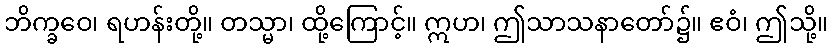
ဘိက္ခဝေ၊ ရဟန်းတို့။ တသ္မာ၊ ထို့ကြောင့်။ ဣဟ၊ ဤသာသနာတော်၌။ ဧဝံ၊ ဤသို့။